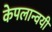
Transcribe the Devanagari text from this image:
केपलान्वयी